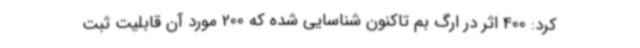
کرد: 400 اثر در ارگ بم تاکنون شناسایی شده که 200 مورد آن قابلیت ثبت